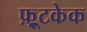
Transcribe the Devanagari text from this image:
फ़्रूटकेक